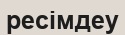
ресімдеу